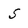
Character: S